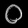
Digit: ၀